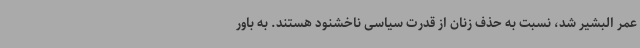
عمر البشیر شد، نسبت به حذف زنان از قدرت سیاسی ناخشنود هستند. به باور